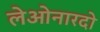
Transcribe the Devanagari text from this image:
लेओनारदो